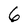
Character: 6